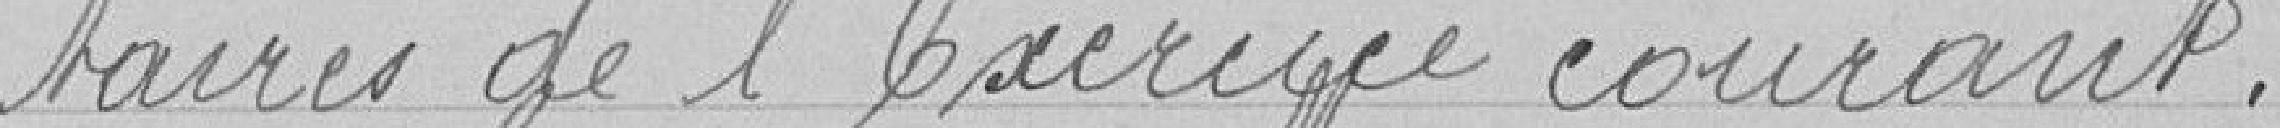
taires de l'exercice courant.